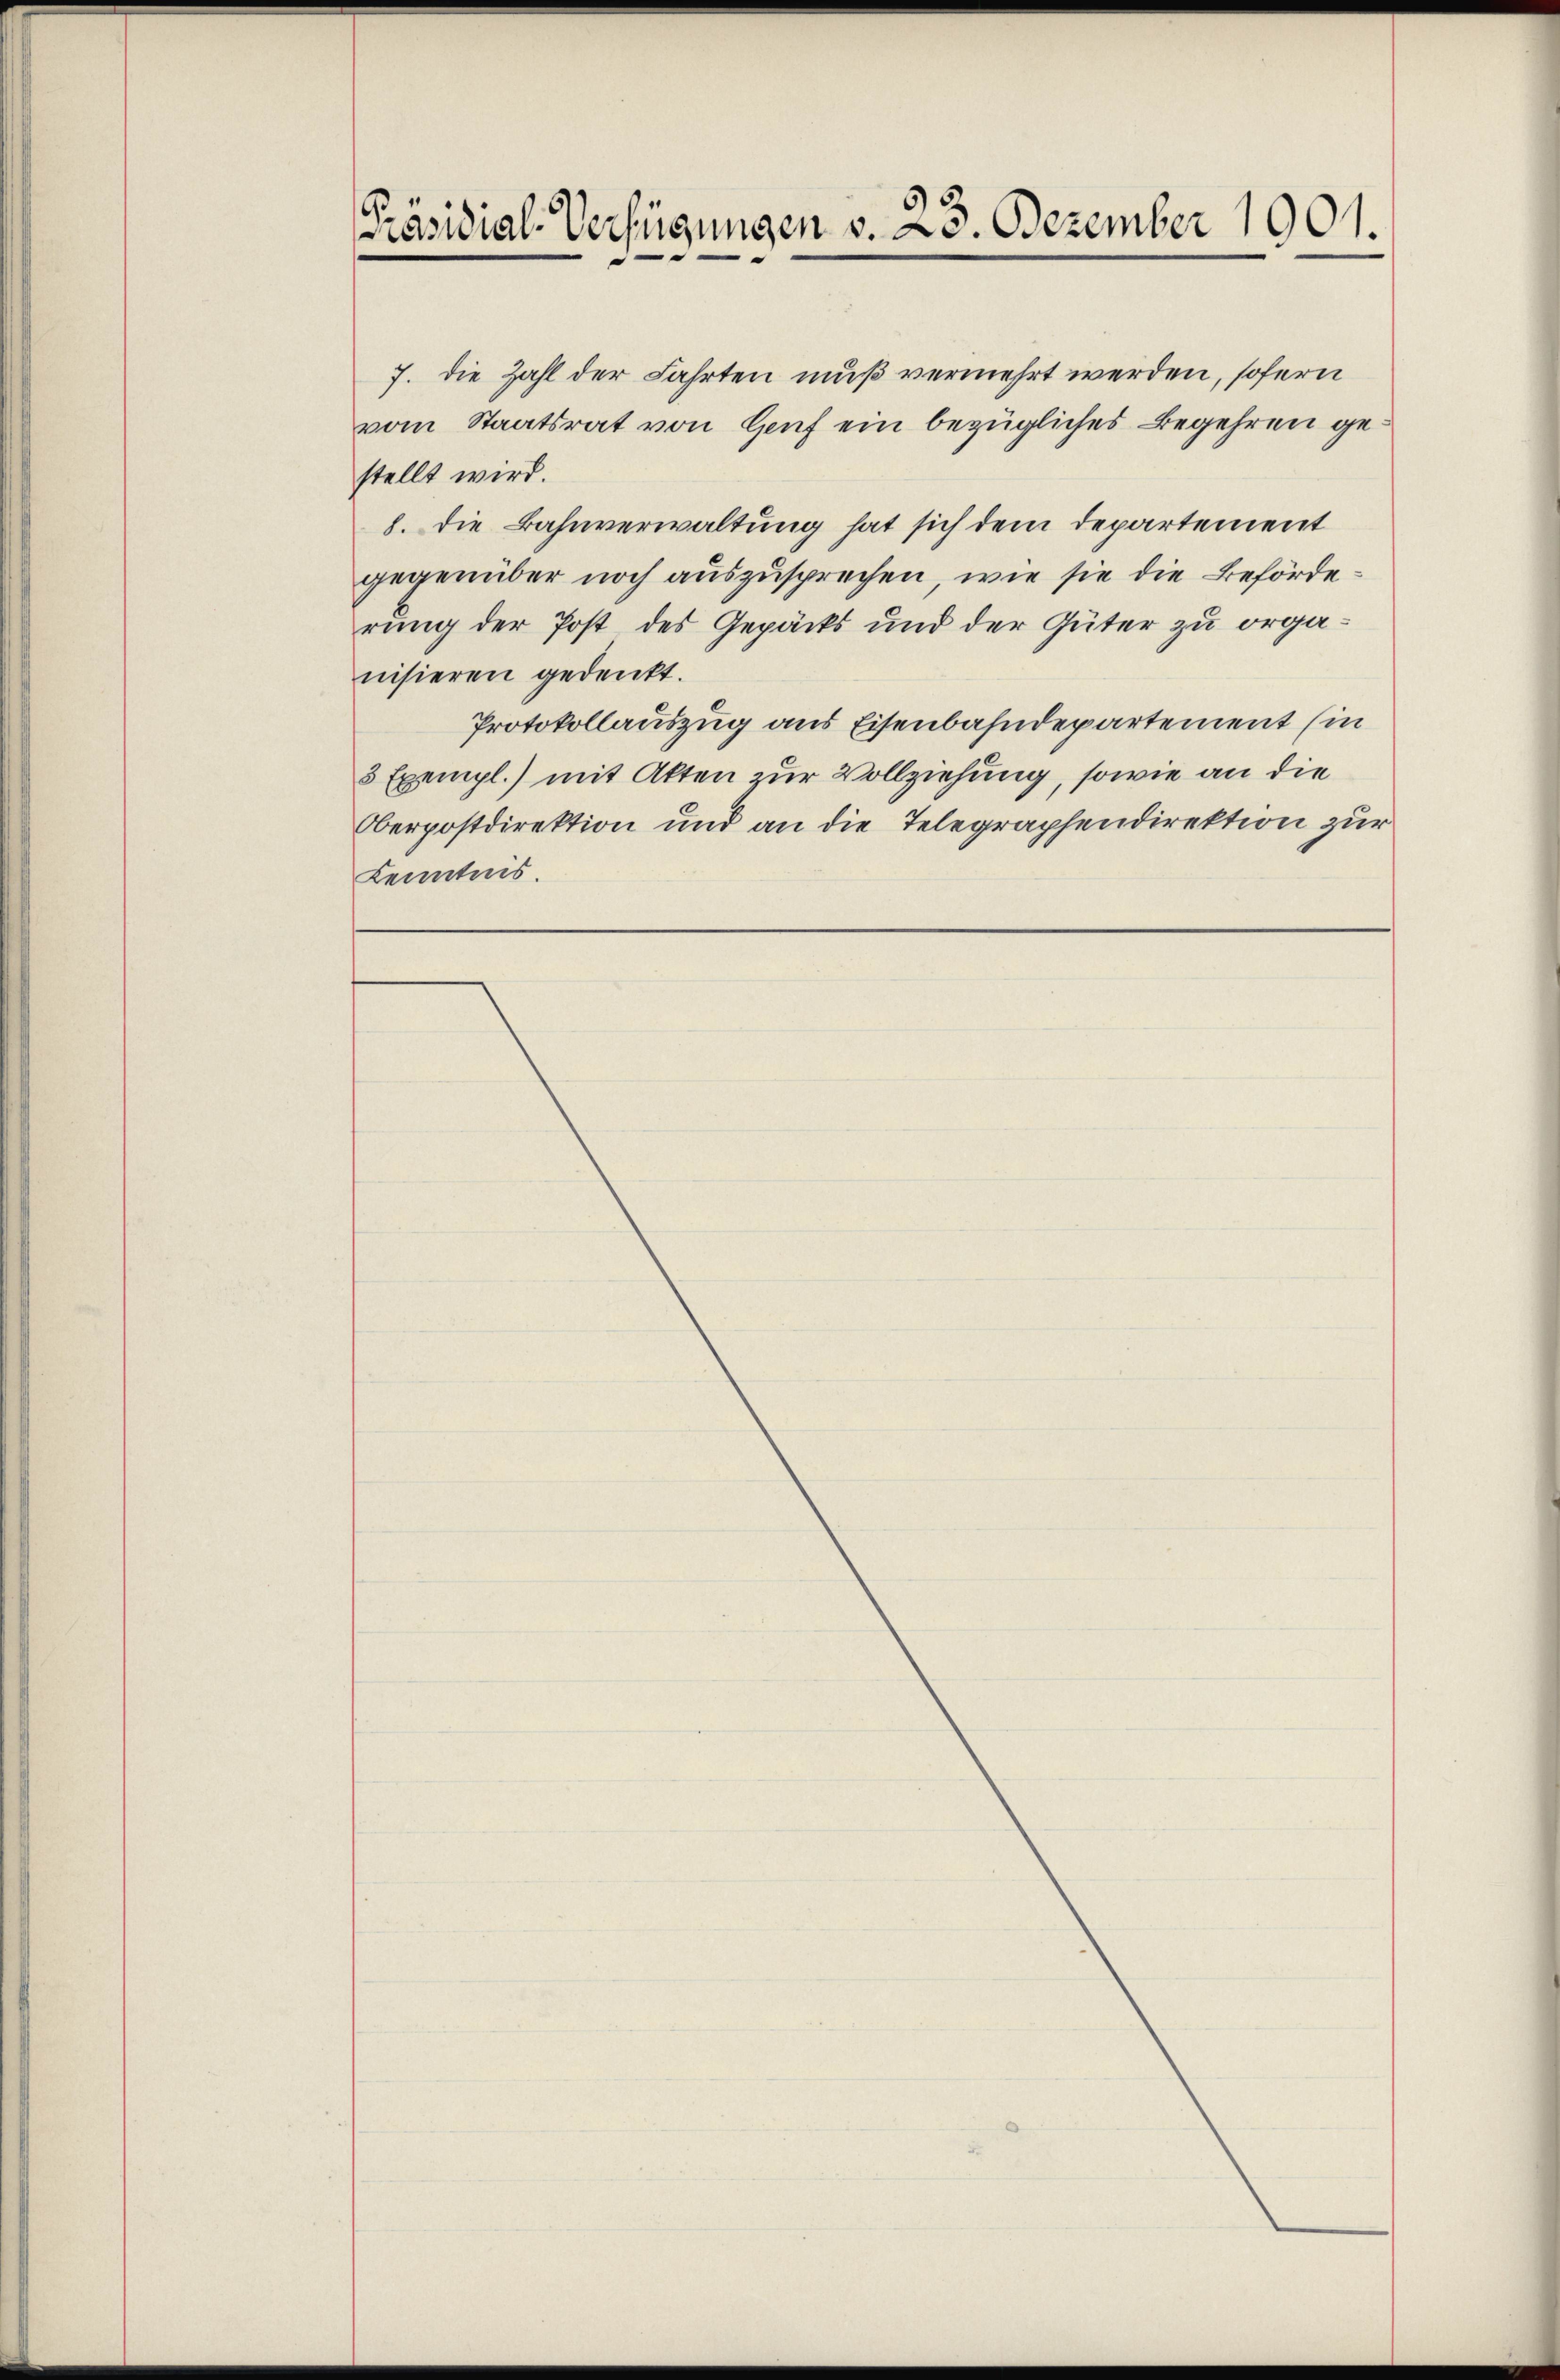
[Präsidial-Verfügungen v. 23. Dezember 1901.

7. die Zahl der Fahrten muß vermehrt werden, sofern
vom Staatsrat von Genf ein bezügliches Begehren gestellt wird.
8. Die Bahnverwaltung hat sich dem Departement
gegenüber noch auszusprechen, wie sie die Behörderung der Post des Gepäcks und der Güter zu organisieren gedenkt.
Protokollauszug aus Eisenbahndepartement (in
5 Exempl.) mit Akten zur Vollziehung, sowie an die
Oberpostdirektion und an die Telegraphendirektion zur
Kenntnis.